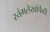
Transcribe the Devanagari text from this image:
स्तंभलेखांपैकी